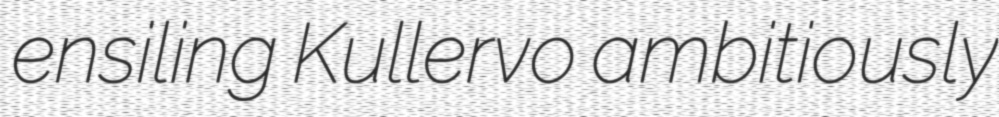
ensiling Kullervo ambitiously